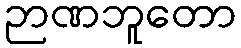
ဉာဏဘူတော